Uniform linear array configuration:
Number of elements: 8
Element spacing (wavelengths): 1
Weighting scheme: blackman
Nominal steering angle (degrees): -45
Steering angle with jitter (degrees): -43.638
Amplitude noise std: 0.05
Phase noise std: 0.05

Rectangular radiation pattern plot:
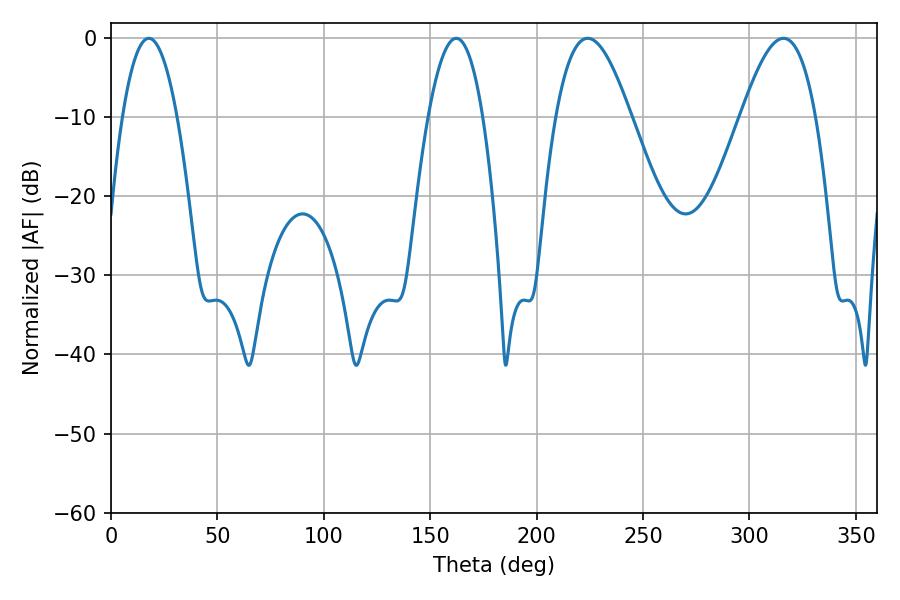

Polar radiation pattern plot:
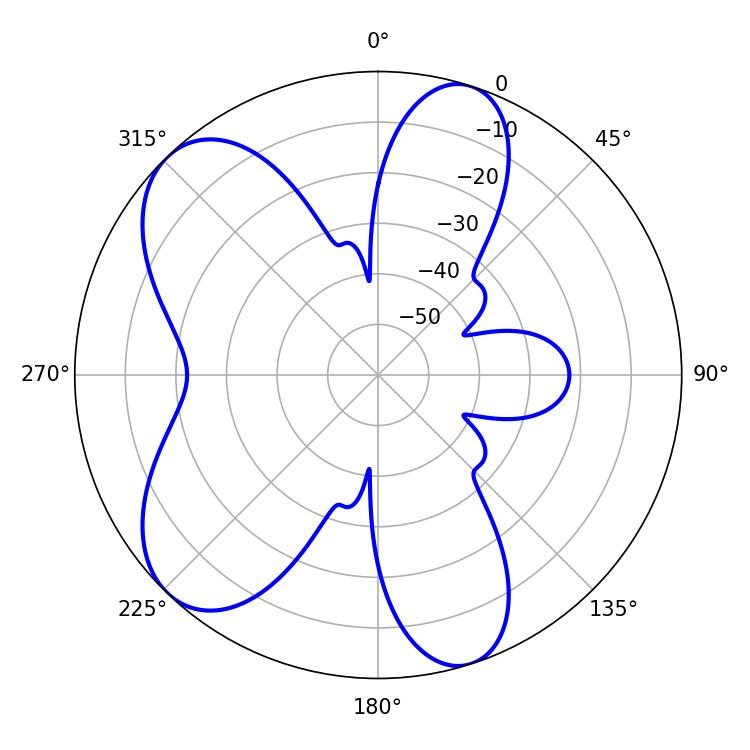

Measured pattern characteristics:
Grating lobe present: TRUE
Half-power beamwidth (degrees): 14.22
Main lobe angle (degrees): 17.82